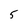
Character: 5